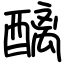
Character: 醨